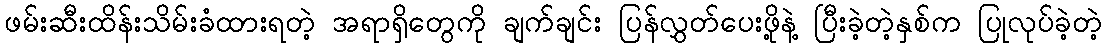
ဖမ်းဆီးထိန်းသိမ်းခံထားရတဲ့ အရာရှိတွေကို ချက်ချင်း ပြန်လွှတ်ပေးဖို့နဲ့ ပြီးခဲ့တဲ့နှစ်က ပြုလုပ်ခဲ့တဲ့